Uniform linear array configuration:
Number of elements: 16
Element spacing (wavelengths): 1
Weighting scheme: exponential
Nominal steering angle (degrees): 30
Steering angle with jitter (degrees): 29.06
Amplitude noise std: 0.05
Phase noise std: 0.05

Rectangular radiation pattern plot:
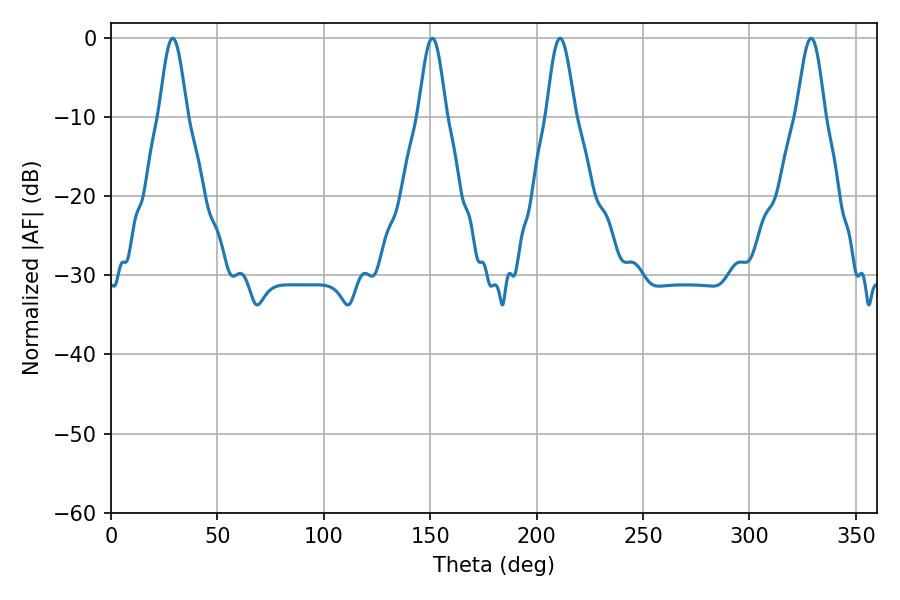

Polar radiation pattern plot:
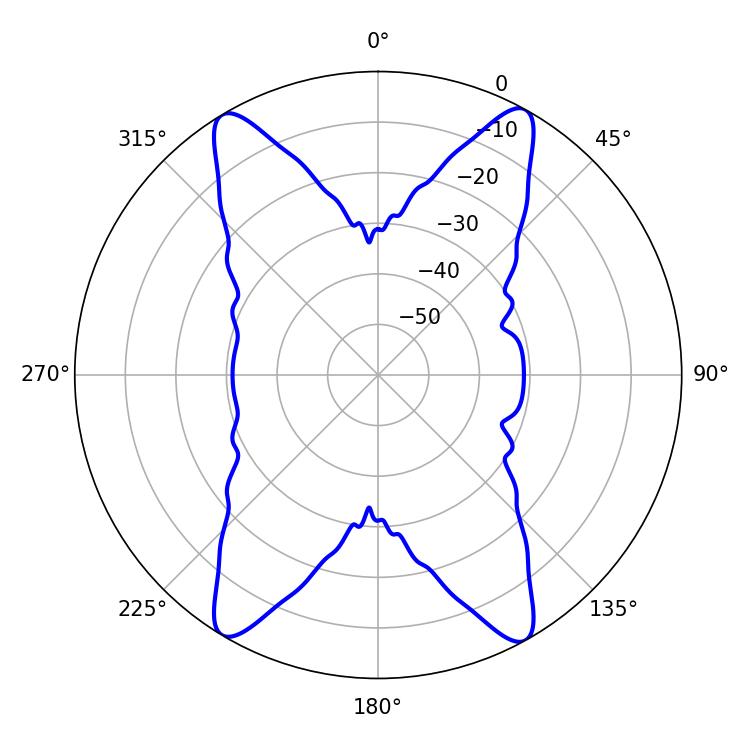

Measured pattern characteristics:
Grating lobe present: TRUE
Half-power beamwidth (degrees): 7.02
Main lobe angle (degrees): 28.98